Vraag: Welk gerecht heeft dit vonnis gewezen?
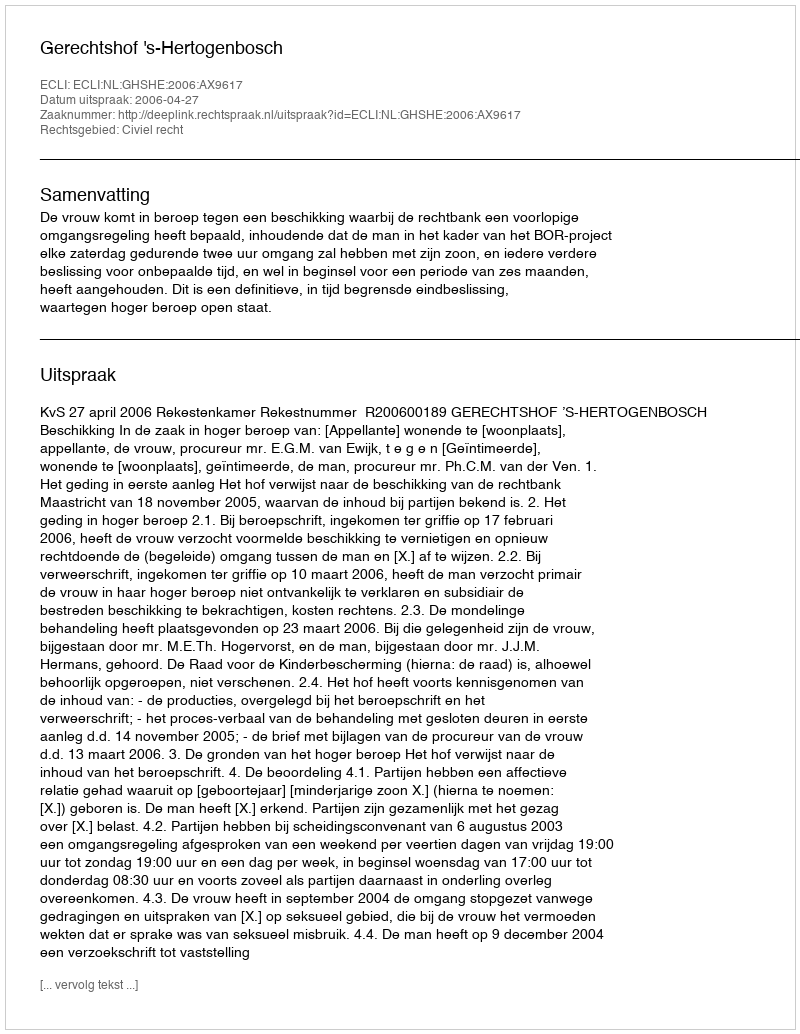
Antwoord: Gerechtshof 's-Hertogenbosch